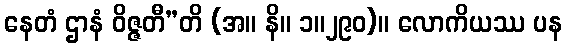
နေတံ ဌာနံ ဝိဇ္ဇတီ”တိ (အ။ နိ။ ၁။၂၉၀)။ လောကိယဿ ပန